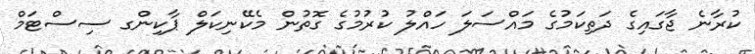
ކުރާނެ ޖާގައިގެ ދަތިކަމުގެ މައްސަލަ ހައްލު ކުރުމުގެ ގޮތުން މެކޭނިކަލް ޕާކިންގ ސިސްޓަމް